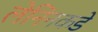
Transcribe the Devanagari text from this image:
लेनिनकडे